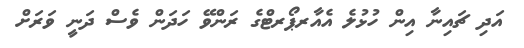
އަދި ޗައިނާ އިން ހުޅުލެ އެއާރޕޯރޓްގެ ރަންވޭ ހަދަން ވެސް ދަނީ ވަރަށް